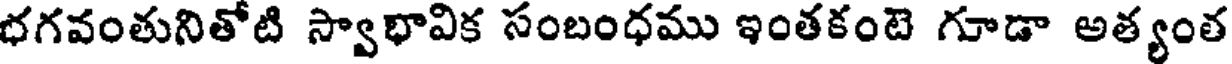
భగవంతునితోటి స్వాభావిక సంబంధము ఇంతకంటె గూడా అత్యంత